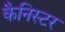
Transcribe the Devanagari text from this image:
कैनिस्टर